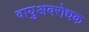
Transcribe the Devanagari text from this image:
वायुअवरोधक